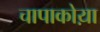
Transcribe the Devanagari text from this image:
चापाकोय़ा